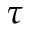
\tau